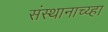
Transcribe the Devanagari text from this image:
संस्थानाच्य्हा